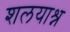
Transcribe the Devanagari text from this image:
शलयाश्न